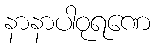
နာနာပါဝုရဏေ